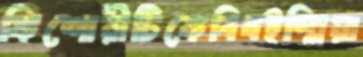
কিশোরীটিকেবিষইস্মিয়া